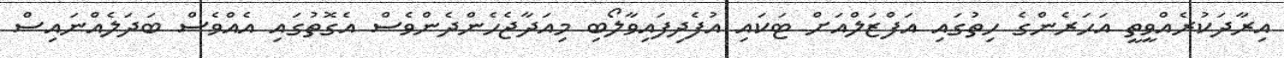
އިރާދަކުރެއްވީތީ އަހަރެންގެ ހިތުގައި އަފްޒަލްއަށް ޓަކައި އުފެދިފައިވާލޯބި މިއަދާޖެހެންދެންވެސް އެގޮތުގައި އެއްވެސް ބަދަލެއްނައިސް